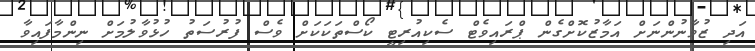
އަދި ޒުވާނުންނަށް އަމާޒުކޮށްގެން ޕްރައިވެޓް ސެކިއުރިޓީ ކޯސްތަކަކަށް ވެސް ފުރުސަތު ހުޅުވާލުމަށް ނިންމާފައިވާ